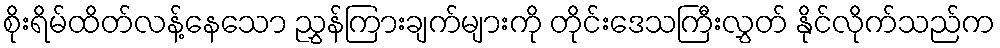
စိုးရိမ်ထိတ်လန့်နေသော ညွှန်ကြားချက်များကို တိုင်းဒေသကြီးလွှတ် နိုင်လိုက်သည်က